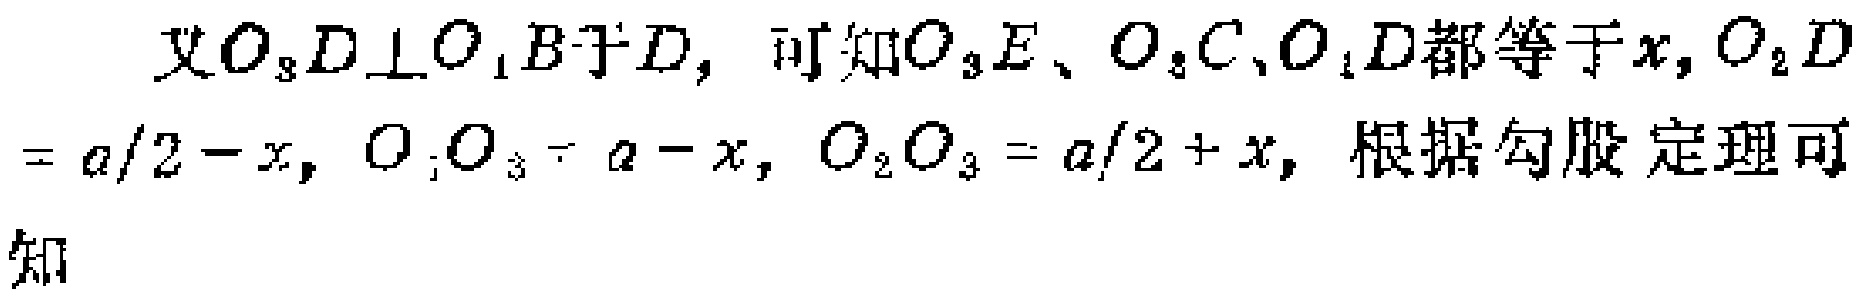
又$O_{3}D\perp O_{1}B于D，可知O_{3}E、O_{3}C、O_{1}D都等于x，O_{2}D\\
=a/2 - x，O_{1}O_{3}=a - x，O_{2}O_{3}=a/2 + x，根据勾股定理可\\
知$